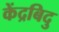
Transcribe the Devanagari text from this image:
केंद्रबिदु